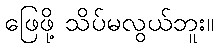
ဖြေဖို့ သိပ်မလွယ်ဘူး။